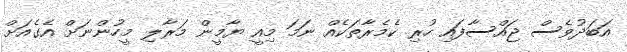
އަބަދުވެސް ޖައްސާފައި ހުރި ކެމެރާތަކެއް ނަމަ މިއީ ޔާމީން މަރާލި މީހުންނަށް އެގެއަށް